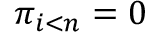
\pi _ { i < n } = 0